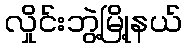
လှိုင်းဘွဲ့မြို့နယ်